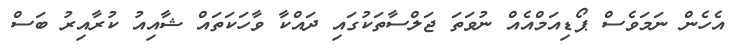
އެހެން ނަމަވެސް ޕޯޑިއަމްއެއް ނުވަތަ ޖަލްސާތަކުގައި ދައްކާ ވާހަކަތައް ޝާއިއު ކުރާއިރު ބަސް